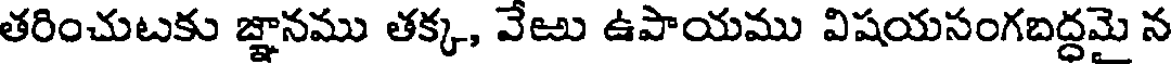
తరించుటకు జ్ఞానము తక్క, వేఱు ఉపాయము విషయసంగబద్ధమై న